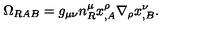
\Omega _ { R A B } = g _ { \mu \nu } n _ { R } ^ { \mu } x _ { , A } ^ { \rho } \nabla _ { \rho } x _ { , B } ^ { \nu } .